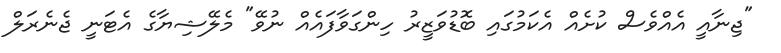
"ޖިނާއީ އެއްވެސް ކުށެއް އެކަމުގައި ބޮޑުވަޒީރު ހިންގަވާފައެއް ނުވޭ" މެލޭޝިޔާގެ އެޓަނީ ޖެނެރަލް